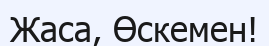
Жаса, Өскемен!